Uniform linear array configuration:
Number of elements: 8
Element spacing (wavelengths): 1
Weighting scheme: hamming
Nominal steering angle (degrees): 30
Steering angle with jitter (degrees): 28.354
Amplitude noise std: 0.05
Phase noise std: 0.05

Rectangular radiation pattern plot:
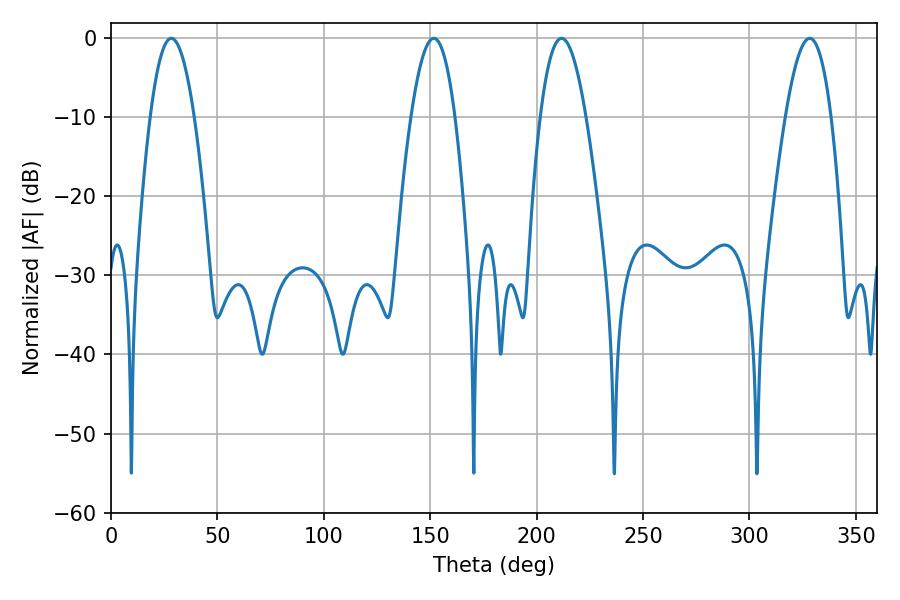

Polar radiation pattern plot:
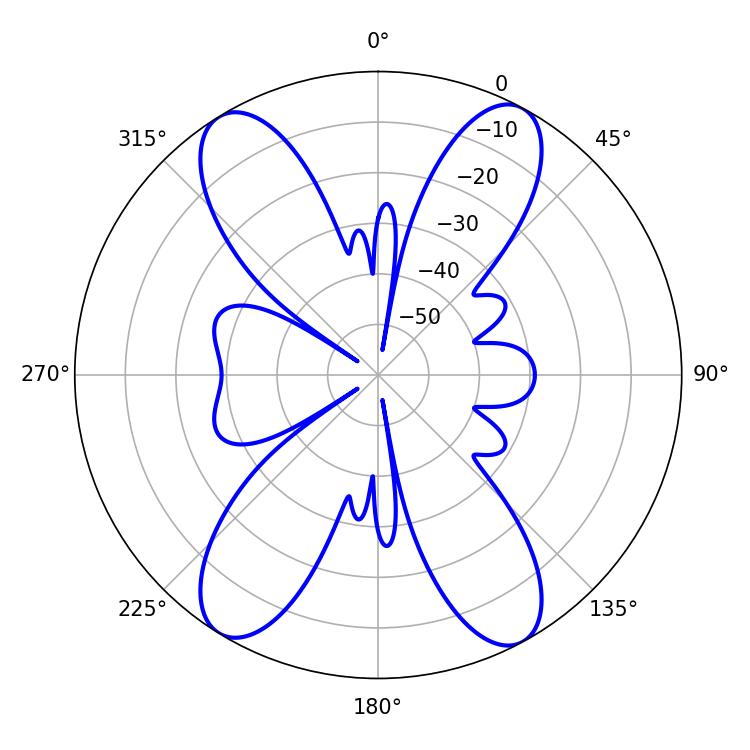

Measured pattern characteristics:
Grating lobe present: TRUE
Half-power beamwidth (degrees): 11.7
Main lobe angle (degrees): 211.68